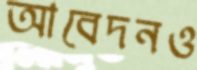
আবেদনও